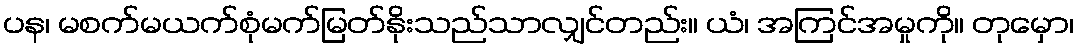
ပန၊ မစက်မယက်စုံမက်မြတ်နိုးသည်သာလျှင်တည်း။ ယံ၊ အကြင်အမှုကို။ တုမှော၊